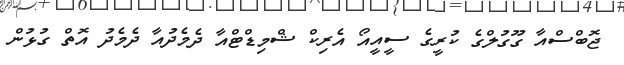
ޖޮބްސްއާ ގޫގުލްގެ ކުރީގެ ސީއީއޯ އެރިކް ޝްމިޑްޓްއާ ދެމެދުއާ ދެމެދު އޮތް ގުޅުން